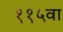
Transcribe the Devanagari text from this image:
११५वा